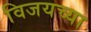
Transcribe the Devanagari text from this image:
विजयच्या